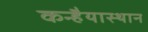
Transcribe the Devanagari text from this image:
कन्हैयास्थान